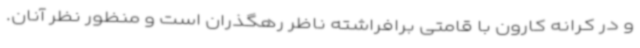
و در کرانه کارون با قامتی برافراشته ناظر رهگذران است و منظور نظر آنان.